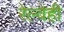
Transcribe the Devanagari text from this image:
रेल्वेही